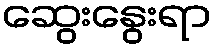
ဆွေးနွေးရာ